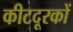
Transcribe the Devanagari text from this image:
कीटदूरकों